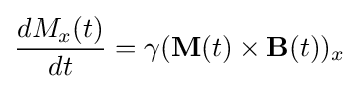
{\frac {dM_{x}(t)}{dt}}=\gamma (\mathbf {M} (t)\times \mathbf {B} (t))_{x}